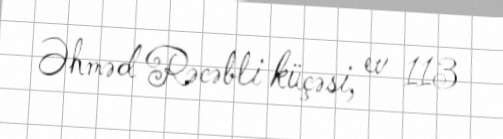
Əhməd Rəcəbli küçəsi, ev 113